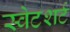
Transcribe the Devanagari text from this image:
स्वेटशर्ट